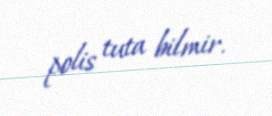
polis tuta bilmir.